Indian journal of veterinary science and animal husbandry - Volume 2,
Year: 1932
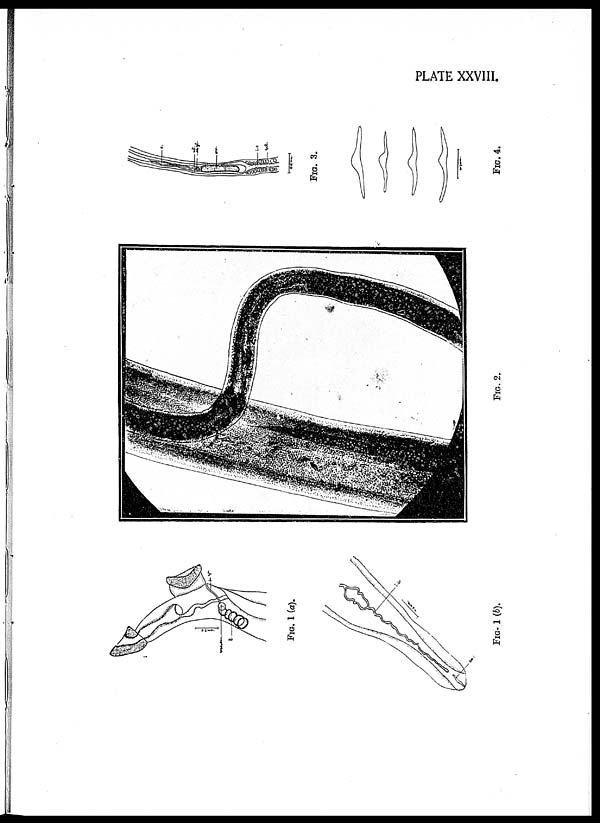
PLATE XXVIII.
FIG.
1
(a).
FIG. 1
(b).
FIG. 2.
FIG. 3.
FIG. 4.